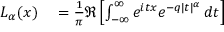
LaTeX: \begin{array} { r l } { L _ { \alpha } ( x ) } & { { } = { \frac { 1 } { \pi } } \Re \left[ \int _ { - \infty } ^ { \infty } e ^ { i t x } e ^ { - q | t | ^ { \alpha } } \, d t \right] } \end{array}